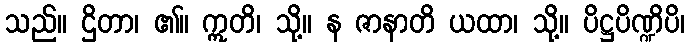
သည်။ ဌိတာ၊ ၏။ ဣတိ၊ သို့။ န ဇာနာတိ ယထာ၊ သို့။ ပိဋ္ဌပိဏ္ဍိပိ၊